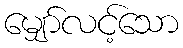
မျှော်လင့်သော